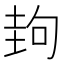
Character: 𡌲